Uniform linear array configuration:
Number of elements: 12
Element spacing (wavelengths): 1
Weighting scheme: kaiser
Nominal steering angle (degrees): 0
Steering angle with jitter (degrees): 1.018
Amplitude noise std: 0.05
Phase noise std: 0.05

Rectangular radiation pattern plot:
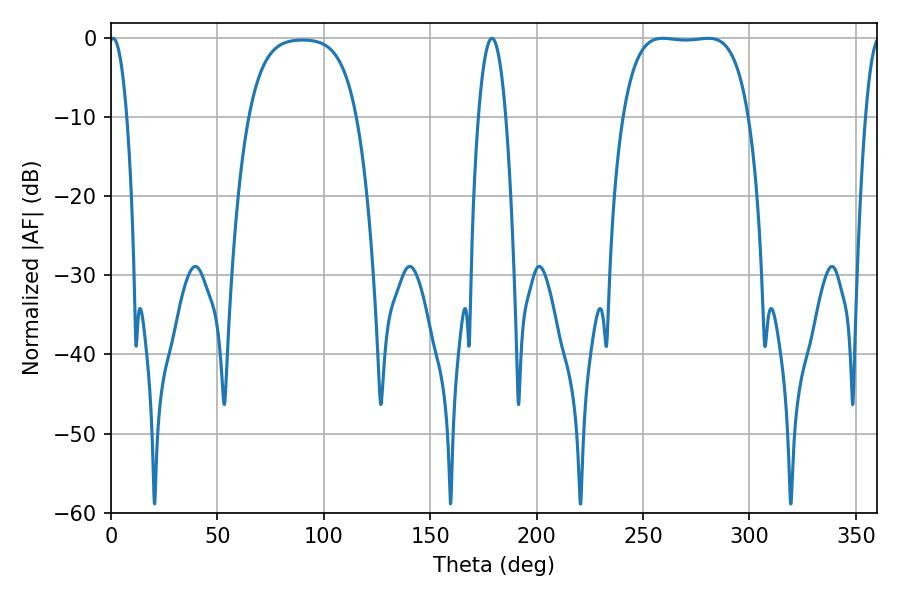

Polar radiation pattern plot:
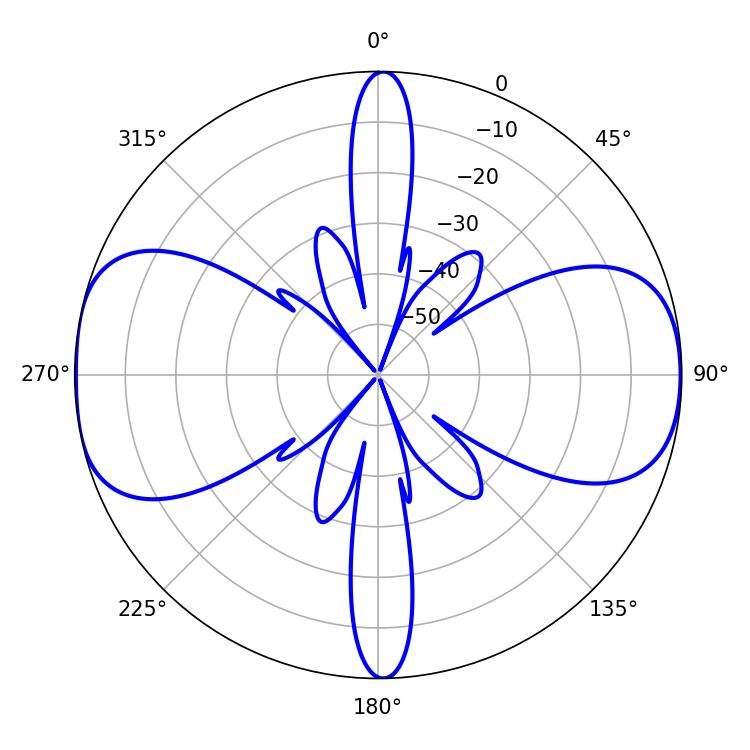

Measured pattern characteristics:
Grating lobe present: TRUE
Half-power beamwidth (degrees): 46.08
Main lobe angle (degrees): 259.38